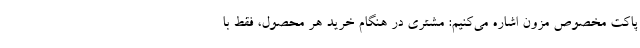
پاکت مخصوص مزون اشاره می‌کنیم: مشتری در هنگام خرید هر محصول، فقط با